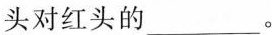
头对红头的___。